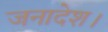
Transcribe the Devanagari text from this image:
जनादेश।